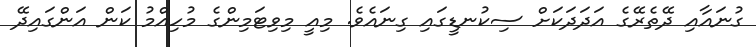
ގުނައާއި ދޭތެރޭގެ އަދަދަކަށް ސިކުނޑީގައި ގިނައެވެ. މިއީ މިވިޓަމިންގެ މުހިއްމު ކަން އަންގައިދޭ